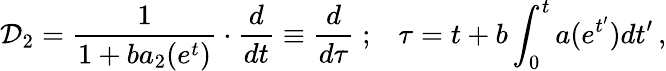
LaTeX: {\cal D}_{2}=\frac{1}{1+ba_{2}(e^{t})}\cdot\frac{d}{dt}\equiv\frac{d}{d\tau}\; ;\; \; \; \tau=t+b\int_{0}^{t}a(e^{t^{\prime}})dt^{\prime}\, ,